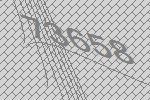
73658